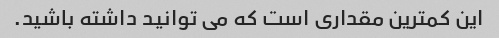
این کمترین مقداری است که می توانید داشته باشید.